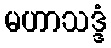
မဟာသဒ္ဒံ